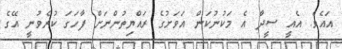
އައެވެ. އެއީ ސީދާ އެ މަކުނުކަން އަވަށުގެ ރައްޔިތުންނަށް ފާހަގަ ކުރެވުނީ އޭގެ